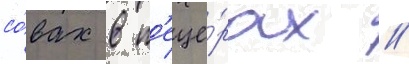
со́вах в п'еще́рах //